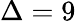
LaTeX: \Delta=9